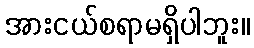
အားငယ်စရာမရှိပါဘူး။